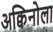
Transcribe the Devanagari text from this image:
अक्विनोला